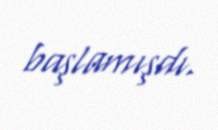
başlamışdı.